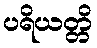
ပရိယတ္တိ